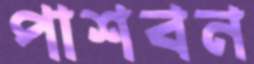
পাশবন